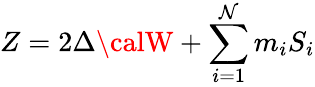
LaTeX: Z=2\Delta{\calW}+\sum_{i=1}^{\mathcal{N}}m_{i}S_{i}